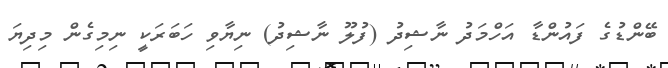
ބޭންޑުގެ ފައުންޑާ އަހްމަދު ނާޝިދު (ފުލޫ ނާޝިދު) ނިޔާވި ހަބަރަކީ ނިމިގެން މިދިޔަ